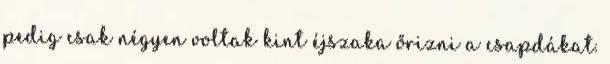
pedig csak négyen voltak kint éjszaka őrizni a csapdákat.